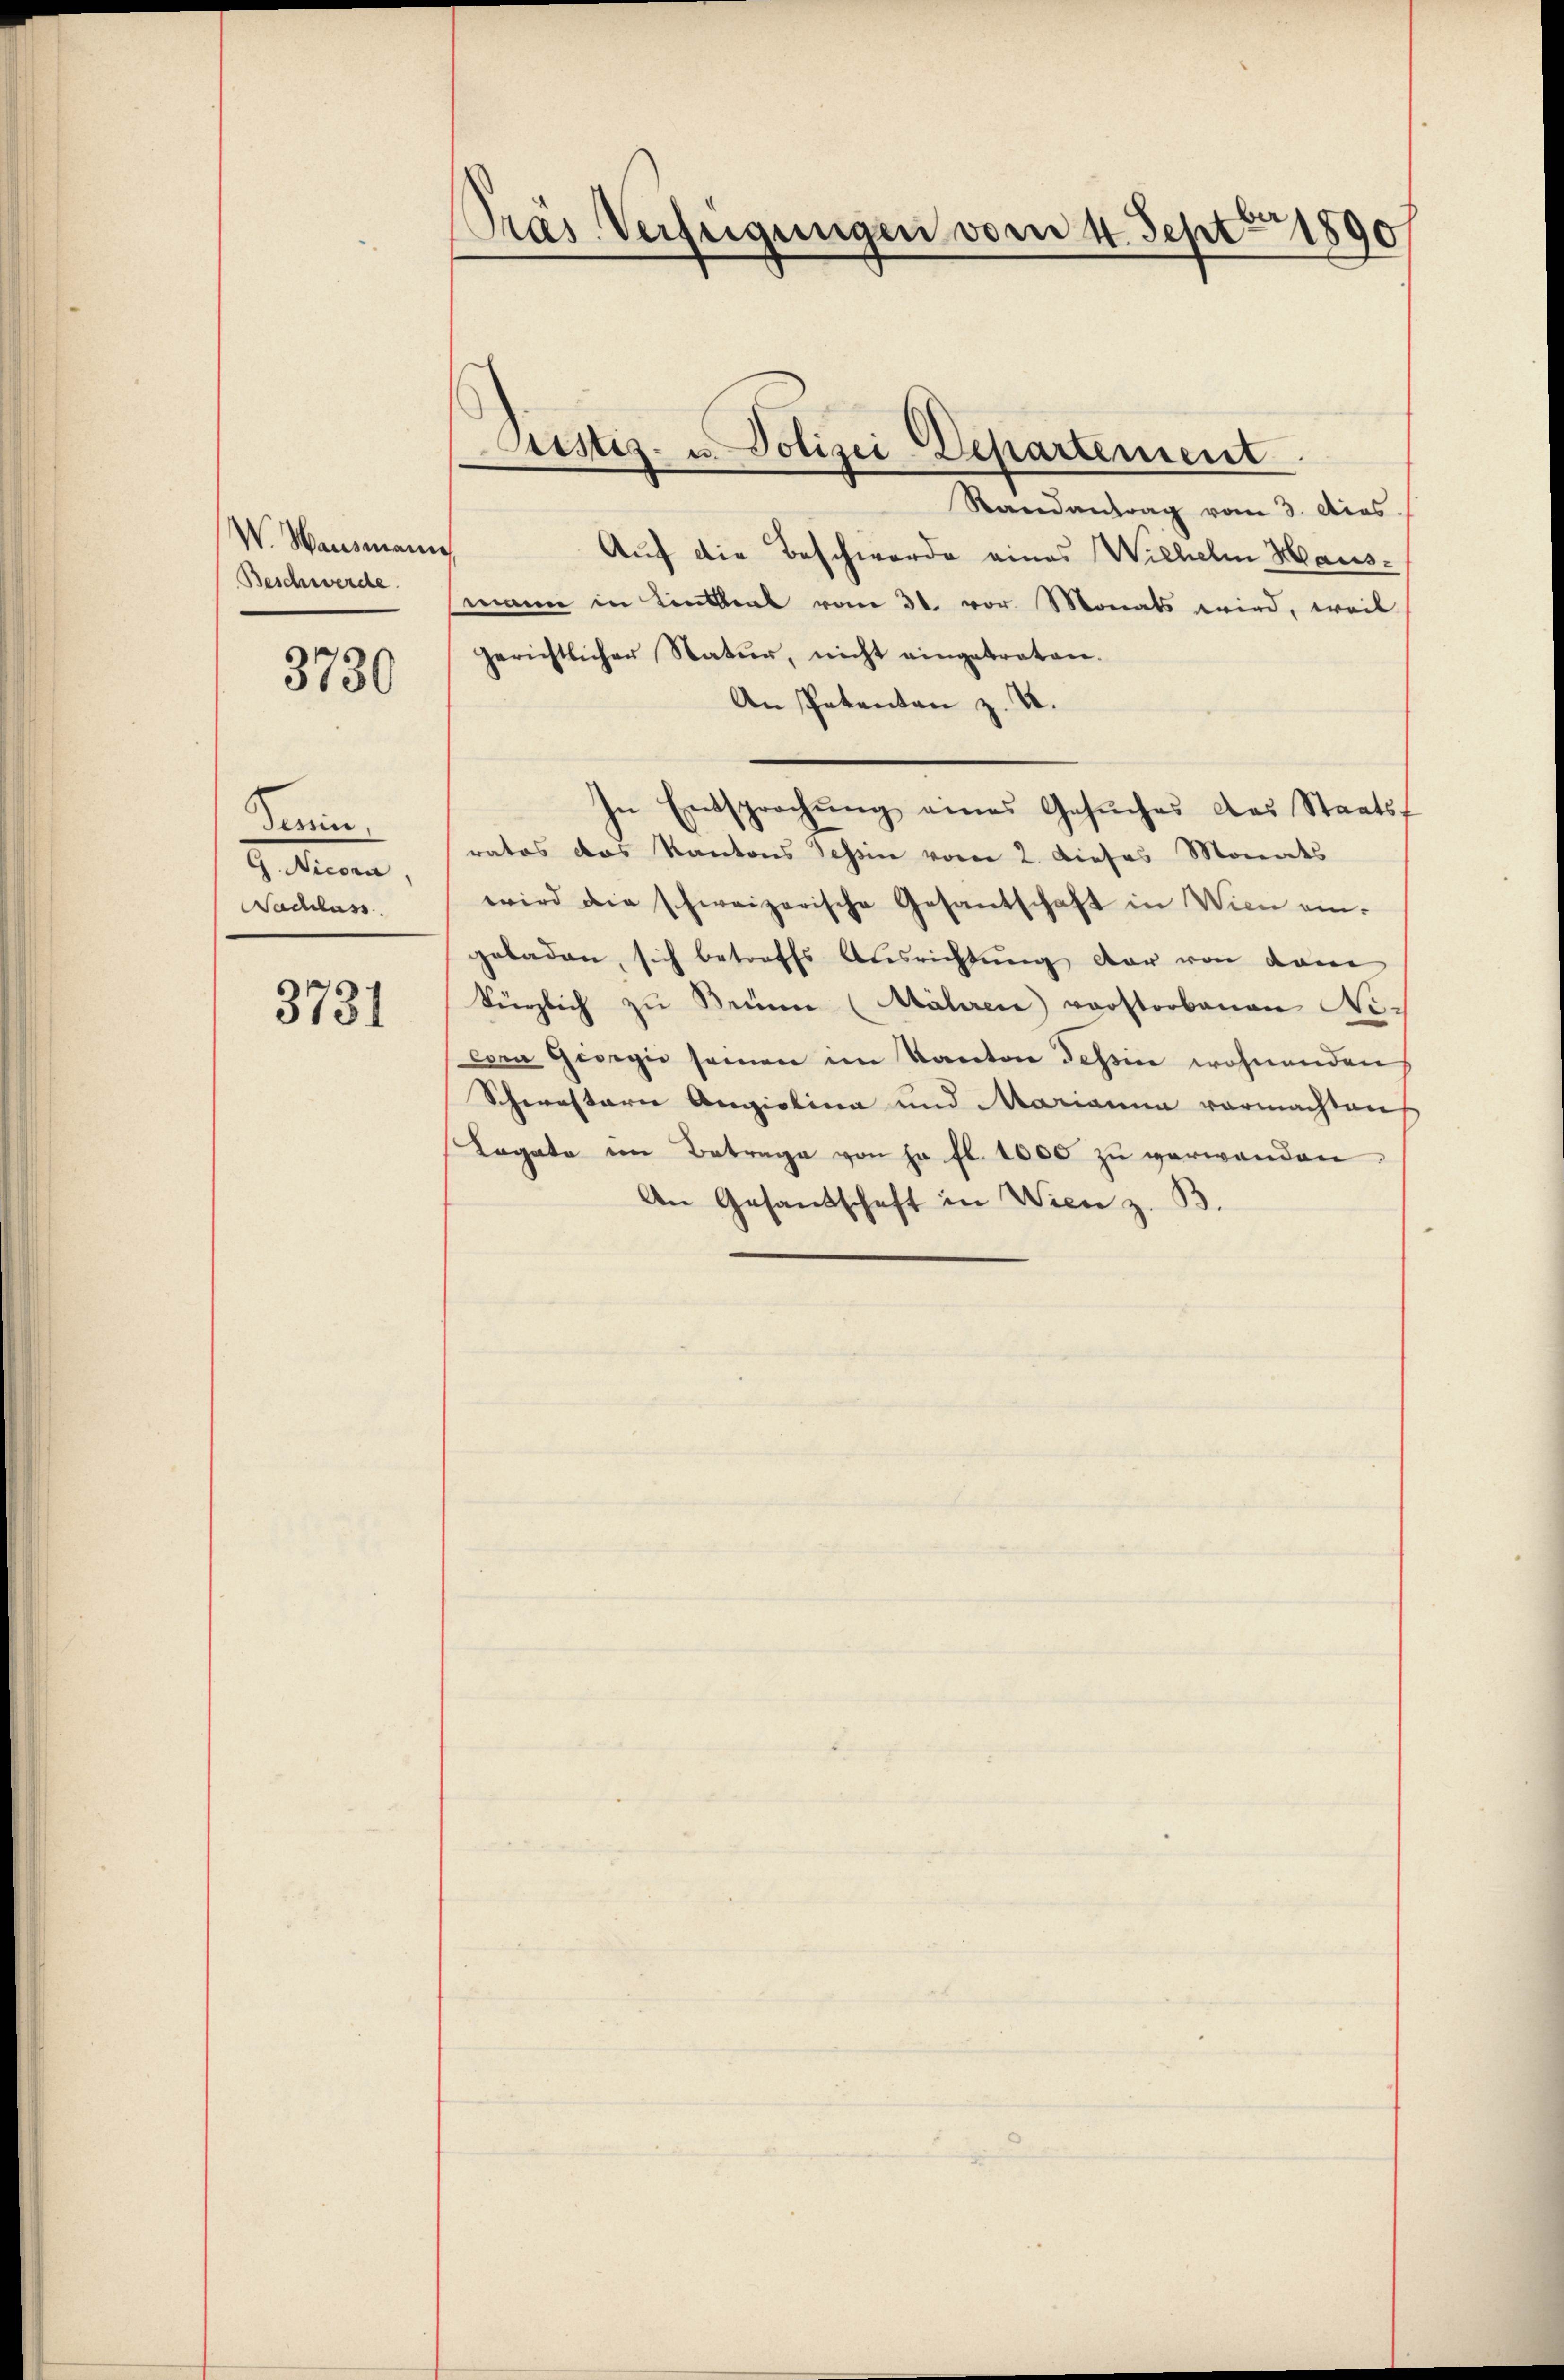
W. Hausmann
Beschwerde.

3730

Semin
G. Nicora
Nachlass

3731

Pras Verfügungen vom 4. Septbr 1890

Randantrag vom 3. dies
Auf die Beschwerde eines Wichelm Hausmann in Linthal vom 31. vor. Monats wird, weil
gerichtlicher Natur, nicht eingebraten.
An Petenten z. B.
In Entsprechŭng eines Gesŭches des Staatsf
ratos das Kantons Tessin vom 2. Dieses Monats
wird die schweizerische Gesantschaft in Wien ein-
geladen, sich betreffs Ausrichtŭng der von dann
kürzlich zu Beim (Mähren vorstorbenen Nicora Giorgie seinen im Kanton Tessin wohnenden
Scherestarer Angiolina und Marianna vormachten
Legate im Betrage von ja fl. 1000 zu verwenden,
An Gesandschaft in Wien z. B.

Sistiz- u. Polizei Departement